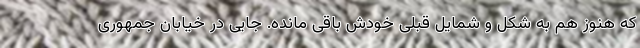
که هنوز هم به شکل و شمایل قبلی خودش باقی مانده. جایی در خیابان جمهوری